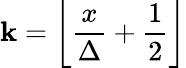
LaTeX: \mathbf{k}=\left\lfloor{\frac{{x}}{{\Delta}}}+{\frac{{1}}{{2}}}\right\rfloor